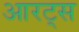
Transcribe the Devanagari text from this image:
आरट्स